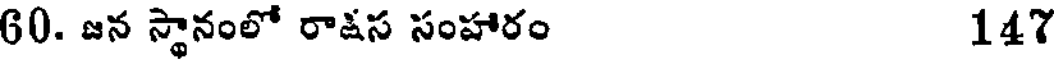
60. జన స్థానంలో రాషస సంహారం 147